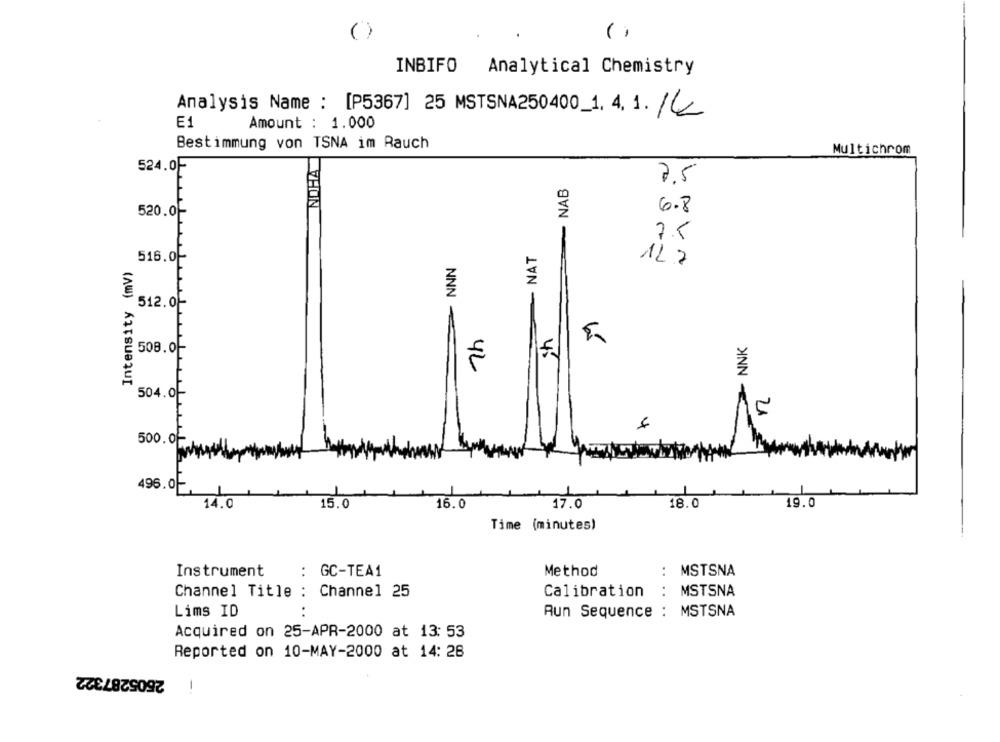
( )
()
INBIFO Analytical Chemistry
Analysis Name : [P5367] 25 MSTSNA250400_1. 4. 1. /
E1
Amount : 1.000
Bestimmung von TSNA im Rauch
NOHA
Multichrom
524.0-
NAB
7.5
520.0F
6.8
T
7.5
- NAT
516.0-
NNN
Intensity (mv)
127
512.0
508.0-
42
504.0-
YL
4
500.0-
496.0F
14.0
15.0
16.0
17.0
18.0
19.0
Time (minutes)
: GC-TEA1
Method
: MSTSNA
Instrument
Channel Title : Channel 25
Calibration
:
MSTSNA
Lims ID
Aun Sequence : MSTSNA
Acquired on 25-APR-2000 at 13: 53
Reported on 10-MAY-2000 at 14: 28
2505287322
1